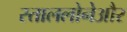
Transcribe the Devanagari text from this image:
स्ताललोनेऔर